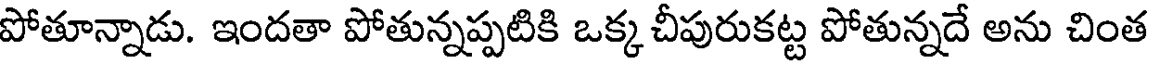
పోతూన్నాడు. ఇందతా పోతున్నప్పటికి ఒక్క చీపురుకట్ట పోతున్నదే అను చింత